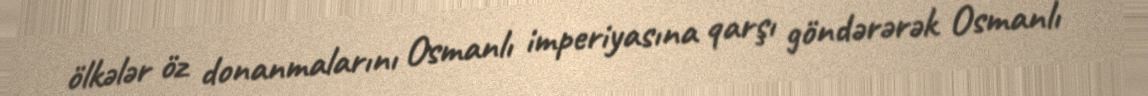
ölkələr öz donanmalarını Osmanlı imperiyasına qarşı göndərərək Osmanlı